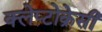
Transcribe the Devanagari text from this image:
क्लेप्टोक्रेसी